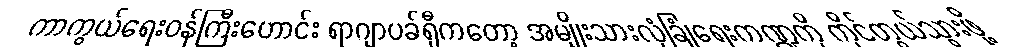
ကာကွယ်ရေးဝန်ကြီးဟောင်း ရာဂျာပခ်ရှီကတော့ အမျိုးသားလုံခြုံရေးကဏ္ဍကို ကိုင်တွယ်သွားဖို့